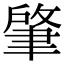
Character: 肇